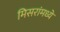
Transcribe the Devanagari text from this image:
मिसरांमध्ये